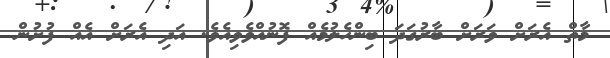
މާތް އެރަށް ވަރަށް ބާރުގަދަ ބިންހެލުމެއް ފޮނުއްވެވިއެވެ. އަދި އެރަށް އެެއް ފުށުން